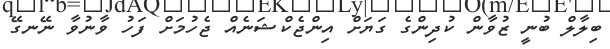
ބިލާލް ބުނީ ޒުވާން ކުދިންގެ ގަޔަށް އިންޖެކްޝަނެއް ޖެހުމަށް ފަހު ވާނުވާ ނޭނގޭ